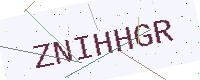
Text: ZNIHHGR